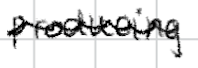
Text: producing
Cross-out: mix
Writing tool: digital_black